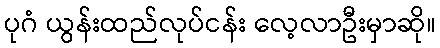
ပုဂံ ယွန်းထည်လုပ်ငန်း လေ့လာဦးမှာဆို။